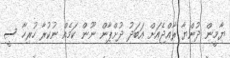
ޔާމީން ދުންޔާ ރާޢްޖެއަށް އަބަދު ދުށްޕާން ނޫން ކަމެއް ނުކުރާ ހުރިހާ ސީ